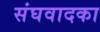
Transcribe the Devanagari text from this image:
संघवादका